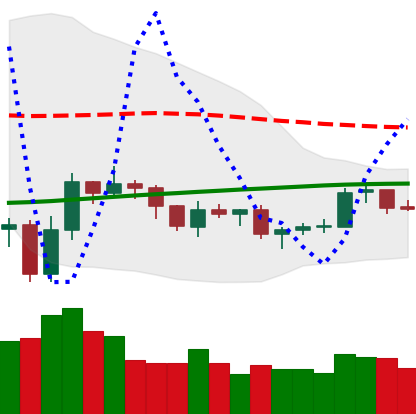
Ticker: LTC-USD
Chart end date: 2019-08-03
Forward return: -4.81%
Label: down_3_5